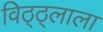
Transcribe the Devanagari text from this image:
विठ्ठ्लाला